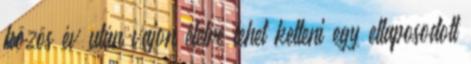
közös év után vajon életre lehet kelteni egy ellaposodott